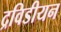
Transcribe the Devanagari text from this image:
द्रविडीयन